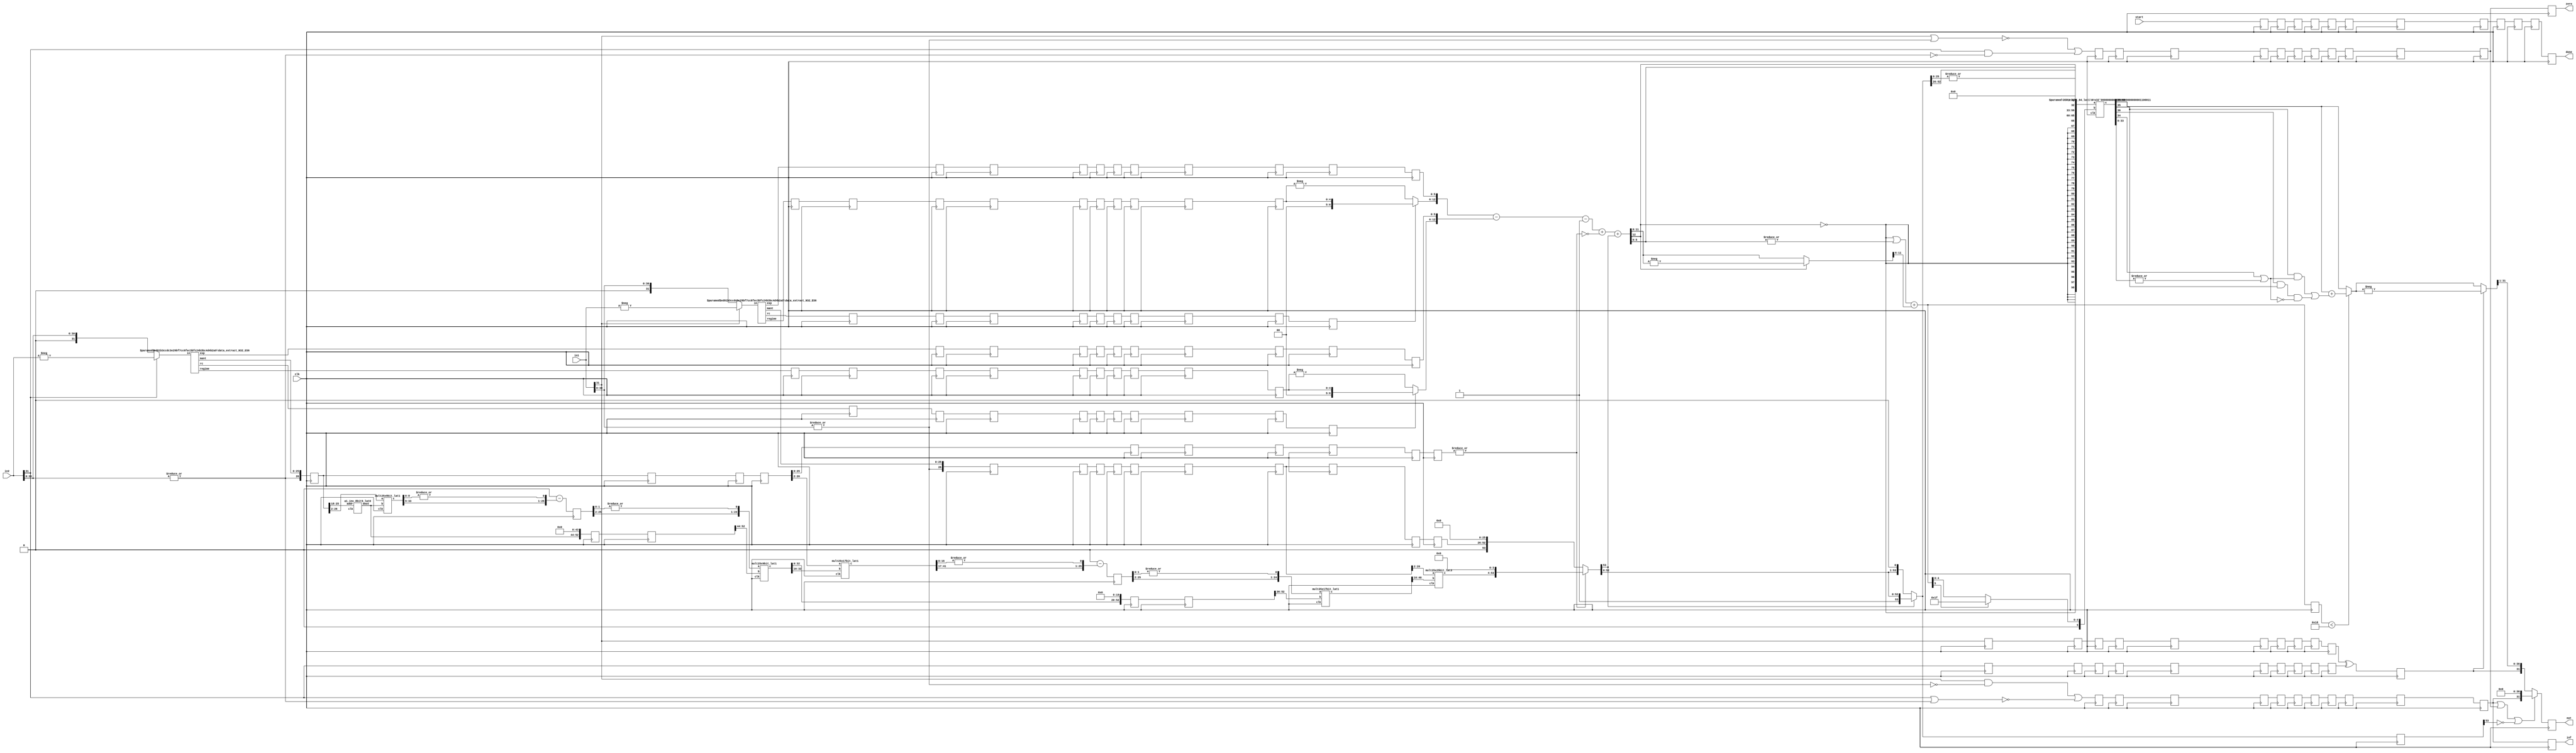
module div_N32_ES6_PIPE12(clk, in1, in2, start, out, inf, zero, done);
function [31:0] log2;
input reg [31:0] value;
	begin
	value = value-1;
	for (log2=0; value>0; log2=log2+1)
        	value = value>>1;
      	end
endfunction

parameter N = 32;
parameter Bs = log2(N); 
parameter es = 6;
parameter M = N-es;
parameter NR_Iter = 2;


input clk;
input [N-1:0] in1, in2;
input start; 
output reg [N-1:0] out;
output reg inf, zero, done;

wire start0= start;
wire s1 = in1[N-1];
wire s2 = in2[N-1];
wire zero_tmp1 = |in1[N-2:0];
wire zero_tmp2 = |in2[N-2:0];
wire inf1 = in1[N-1] & (~zero_tmp1),
	inf2 = in2[N-1] & (~zero_tmp2);
wire zero1 = ~(in1[N-1] | zero_tmp1),
	zero2 = ~(in2[N-1] | zero_tmp2);
wire inf_t = inf1 | zero2,
	zero_t = zero1 | inf2;

//Data Extraction
wire rc1, rc2;
wire [Bs-1:0] regime1, regime2;
wire [es-1:0] e1, e2;
wire [M-1:0] mant1, mant2;
wire [N-1:0] xin1 = s1 ? -in1 : in1;
wire [N-1:0] xin2 = s2 ? -in2 : in2;
data_extract_N32_ES6 #(.N(N),.es(es)) uut_de1(.in(xin1), .rc(rc1), .regime(regime1), .exp(e1), .mant(mant1));
data_extract_N32_ES6 #(.N(N),.es(es)) uut_de2(.in(xin2), .rc(rc2), .regime(regime2), .exp(e2), .mant(mant2));

wire [M:0] m1 = {zero_tmp1,mant1}, 
	m2 = {zero_tmp2,mant2};

reg start_r00; 
reg s1_r00, s2_r00, inf_r00, zero_r00, rc1_r00, rc2_r00;
reg [Bs-1:0] regime1_r00, regime2_r00;
reg [es-1:0] e1_r00, e2_r00;
reg [M:0] m1_r00, m2_r00;
reg start_r0; 
reg s1_r0, s2_r0, inf_r0, zero_r0, rc1_r0, rc2_r0;
reg [Bs-1:0] regime1_r0, regime2_r0;
reg [es-1:0] e1_r0, e2_r0;
reg [M:0] m1_r0, m2_r0;
always @(posedge clk) begin
start_r0 <= start0; s1_r0 <= s1; s2_r0 <= s2; 
inf_r0 <= inf_t; zero_r0 <= zero_t; rc1_r0 <= rc1; rc2_r0 <= rc2;
regime1_r0 <= regime1; regime2_r0 <= regime2; 
e1_r0 <= e1; e2_r0 <= e2;
m1_r0 <= m1; m2_r0 <= m2;
end


//Mantissa Computation
wire [8:0] m2_inv0_tmp;
a1_inv_8bit9_lat0 i_uut (.clk(),.addr(m2_r0[M-1:M-8]),.dout(m2_inv0_tmp));
wire [2*M+1:0] m2_inv0_r0 = {1'b0, m2_inv0_tmp[8:0], {M-8{1'b0}} , {M{1'b0}}};

//First NR Iteration
wire [2*M+1:0] m2_inv0_X_m2_r1;
wire [33:0] mult_P1;
mult25x9bit_lat1 m24_1 (.clk(clk), .b({m2_inv0_r0[2*M:2*M-8]}), .a(m2_r0[M:2]), .c(mult_P1));
assign m2_inv0_X_m2_r1 = {mult_P1,14'b0,6'b0};
reg [M:0] two_m2_inv0_X_m2_r2, m2_r1, m2_r2;
reg[2*M+1:0] m2_inv0_r1, m2_inv0_r2;
always @(posedge clk)begin
two_m2_inv0_X_m2_r2 <= {1'b1,{M{1'b0}}} - {1'b0,m2_inv0_X_m2_r1[2*M+1:M+3],|m2_inv0_X_m2_r1[M+2:0]};
m2_inv0_r1 <= m2_inv0_r0; m2_inv0_r2 <= m2_inv0_r1;
m2_r1 <= m2_r0; m2_r2 <= m2_r1;
end

wire [2*M+1:0] m2_inv1_r3;
wire [33:0] mult_P3;
mult25x9bit_lat1 m24_2 (.clk(clk), .b({m2_inv0_r2[2*M:2*M-8]}), .a({two_m2_inv0_X_m2_r2[M-1:2],|two_m2_inv0_X_m2_r2[1:0]}), .c(mult_P3));
assign m2_inv1_r3 = {mult_P3,14'b0,6'b0};

reg start_r1, start_r2, start_r3; 
reg s1_r1, s2_r1, inf_r1, zero_r1, rc1_r1, rc2_r1,
s1_r2, s2_r2, inf_r2, zero_r2, rc1_r2, rc2_r2,
s1_r3, s2_r3, inf_r3, zero_r3, rc1_r3, rc2_r3;
reg [Bs-1:0] regime1_r1, regime2_r1, regime1_r2, regime2_r2, regime1_r3, regime2_r3;
reg [es-1:0] e1_r1, e2_r1, e1_r2, e2_r2, e1_r3, e2_r3;
reg [M:0] m1_r1, m1_r2, m1_r3;
reg [M:0] m2_r3;
always @(posedge clk) begin
start_r1 <= start_r0; s1_r1 <= s1_r0; s2_r1 <= s2_r0; 
start_r2 <= start_r1; s1_r2 <= s1_r1; s2_r2 <= s2_r1; 
start_r3 <= start_r2; s1_r3 <= s1_r2; s2_r3 <= s2_r2; 
inf_r1 <= inf_r0; zero_r1 <= zero_r0; rc1_r1 <= rc1_r0; rc2_r1 <= rc2_r0;
inf_r2 <= inf_r1; zero_r2 <= zero_r1; rc1_r2 <= rc1_r1; rc2_r2 <= rc2_r1;
inf_r3 <= inf_r2; zero_r3 <= zero_r2; rc1_r3 <= rc1_r2; rc2_r3 <= rc2_r2;
regime1_r1 <= regime1_r0; regime2_r1 <= regime2_r0; 
regime1_r2 <= regime1_r1; regime2_r2 <= regime2_r1; 
regime1_r3 <= regime1_r2; regime2_r3 <= regime2_r2; 
e1_r1 <= e1_r0; e2_r1 <= e2_r0;
e1_r2 <= e1_r1; e2_r2 <= e2_r1;
e1_r3 <= e1_r2; e2_r3 <= e2_r2;
m1_r1 <= m1_r0; m1_r2 <= m1_r1; m1_r3 <= m1_r2;
m2_r3 <= m2_r2; 
end





//Second NR Iteration
wire [2*M+1:0] m2_inv1_X_m2_r4;
wire [41:0] mult_P4;
mult25x17bit_lat1 m24_3 (.clk(clk), .b({m2_inv1_r3[2*M:2*M-2*8]}), .a(m2_r3[M:2]), .c(mult_P4));
assign m2_inv1_X_m2_r4 = {mult_P4,6'b0,6'b0};
reg [M:0] two_m2_inv1_X_m2_r5, m2_r4, m2_r5;
reg [2*M+1:0] m2_inv1_r4, m2_inv1_r5;
always @(posedge clk)begin
two_m2_inv1_X_m2_r5 <= {1'b1,{M{1'b0}}} - {1'b0,m2_inv1_X_m2_r4[2*M+1:M+3],|m2_inv1_X_m2_r4[M+2:0]};
m2_inv1_r4 <= m2_inv1_r3; m2_inv1_r5 <= m2_inv1_r4;
m2_r4 <= m2_r3; m2_r5 <= m2_r4;
end
wire [2*M+1:0] m2_inv2_r6;
wire [41:0] mult_P6;
mult25x17bit_lat1 m24_4 (.clk(clk), .b({m2_inv1_r5[2*M:2*M-2*8]}), .a({two_m2_inv1_X_m2_r5[M-1:2],|two_m2_inv1_X_m2_r5[1:0]}), .c(mult_P6));
assign m2_inv2_r6 = {mult_P6,6'b0,6'b0};

reg start_r4, start_r5, start_r6; 
reg s1_r4, s2_r4, inf_r4, zero_r4, rc1_r4, rc2_r4,
s1_r5, s2_r5, inf_r5, zero_r5, rc1_r5, rc2_r5,
s1_r6, s2_r6, inf_r6, zero_r6, rc1_r6, rc2_r6;
reg [Bs-1:0] regime1_r4, regime2_r4, regime1_r5, regime2_r5, regime1_r6, regime2_r6;
reg [es-1:0] e1_r4, e2_r4, e1_r5, e2_r5, e1_r6, e2_r6;
reg [M:0] m1_r4, m1_r5, m1_r6;
reg [M:0] m2_r6;
always @(posedge clk) begin
start_r4 <= start_r3; s1_r4 <= s1_r3; s2_r4 <= s2_r3; 
start_r5 <= start_r4; s1_r5 <= s1_r4; s2_r5 <= s2_r4; 
start_r6 <= start_r5; s1_r6 <= s1_r5; s2_r6 <= s2_r5; 
inf_r4 <= inf_r3; zero_r4 <= zero_r3; rc1_r4 <= rc1_r3; rc2_r4 <= rc2_r3;
inf_r5 <= inf_r4; zero_r5 <= zero_r4; rc1_r5 <= rc1_r4; rc2_r5 <= rc2_r4;
inf_r6 <= inf_r5; zero_r6 <= zero_r5; rc1_r6 <= rc1_r5; rc2_r6 <= rc2_r5;
regime1_r4 <= regime1_r3; regime2_r4 <= regime2_r3; 
regime1_r5 <= regime1_r4; regime2_r5 <= regime2_r4; 
regime1_r6 <= regime1_r5; regime2_r6 <= regime2_r5; 
e1_r4 <= e1_r3; e2_r4 <= e2_r3;
e1_r5 <= e1_r4; e2_r5 <= e2_r4;
e1_r6 <= e1_r5; e2_r6 <= e2_r5;
m1_r4 <= m1_r3; m1_r5 <= m1_r4; m1_r6 <= m1_r5;
m2_r6 <= m2_r5;
end

wire [2*M+1:0] div_m;
wire [49:0] mult_P9;
mult25x25bit_lat3 m24_5 (.clk(clk), .a(m1_r6[M:2]), .b({m2_inv2_r6[2*M:M+2]}), .c(mult_P9));

reg start_r7, start_r8, start_r9; 
reg s1_r7, s2_r7, inf_r7, zero_r7, rc1_r7, rc2_r7;
reg s1_r8, s2_r8, inf_r8, zero_r8, rc1_r8, rc2_r8;
reg s1_r9, s2_r9, inf_r9, zero_r9, rc1_r9, rc2_r9;
reg [Bs-1:0] regime1_r7, regime2_r7, regime1_r8, regime2_r8, regime1_r9, regime2_r9;
reg [es-1:0] e1_r7, e2_r7, e1_r8, e2_r8, e1_r9, e2_r9;
reg [M:0] m1_r7, m2_r7, m1_r8, m2_r8, m1_r9, m2_r9;
always @(posedge clk) begin
start_r7 <= start_r6; s1_r7 <= s1_r6; s2_r7 <= s2_r6; 
start_r8 <= start_r7; s1_r8 <= s1_r7; s2_r8 <= s2_r7; 
start_r9 <= start_r8; s1_r9 <= s1_r8; s2_r9 <= s2_r8; 
inf_r7 <= inf_r6; zero_r7 <= zero_r6; rc1_r7 <= rc1_r6; rc2_r7 <= rc2_r6;
inf_r8 <= inf_r7; zero_r8 <= zero_r7; rc1_r8 <= rc1_r7; rc2_r8 <= rc2_r7;
inf_r9 <= inf_r8; zero_r9 <= zero_r8; rc1_r9 <= rc1_r8; rc2_r9 <= rc2_r8;
regime1_r7 <= regime1_r6; regime2_r7 <= regime2_r6; 
regime1_r8 <= regime1_r7; regime2_r8 <= regime2_r7; 
regime1_r9 <= regime1_r8; regime2_r9 <= regime2_r8; 
e1_r7 <= e1_r6; e2_r7 <= e2_r6; e1_r8 <= e1_r7; e2_r8 <= e2_r7; e1_r9 <= e1_r8; e2_r9 <= e2_r8;
m1_r7 <= m1_r6; m2_r7 <= m2_r6; m1_r8 <= m1_r7; m2_r8 <= m2_r7; m1_r9 <= m1_r8; m2_r9 <= m2_r8;
end

wire mant2_zero = ~|m2_r9[M-1:0];
assign div_m = mant2_zero ? {1'b0,m1_r9,{M{1'b0}}} : {mult_P9,4'b0};

wire div_m_udf = div_m[2*M+1];
wire [2*M+1:0] div_mN = ~div_m_udf ? div_m << 1'b1 : div_m;

//Sign, Exponent Computation
wire div_s = s1_r9 ^ s2_r9;
wire [Bs+1:0] r1 = rc1_r9 ? {2'b0,regime1_r9} : -regime1_r9;
wire [Bs+1:0] r2 = rc2_r9 ? {2'b0,regime2_r9} : -regime2_r9;

//Exponent and Regime Computation
wire [Bs+es+1:0] div_e = {r1, e1_r9} - {r2, e2_r9} - 1 + mant2_zero + div_m_udf;
wire [es+Bs:0] div_eN = div_e[es+Bs+1] ? -div_e : div_e;
wire [es-1:0] e_o = div_e[es-1:0];
wire [Bs:0] r_o = (~div_e[es+Bs+1] || (|div_e[es-1:0])) + div_eN[es+Bs:es];

//Exponent and Mantissa Packing
wire [2*N-1+3:0]tmp_o = {{N{~div_e[es+Bs+1]}},div_e[es+Bs+1],e_o,div_mN[2*M:2*M-(N-es-1)+1], div_mN[2*M-(N-es-1):2*M-(N-es-1)-1],|div_mN[2*M-(N-es-1)-2:0] };	//Rounding GRS included

reg start_r10, div_s_r10, inf_r10, zero_r10;
reg [2*N-1+3:0] tmp_o_r10;
reg [Bs:0] r_o_r10;
reg [2*M+1:0] div_mN_r10;
always @(posedge clk) begin
start_r10 <= start_r9; div_s_r10 <= div_s; inf_r10 <= inf_r9; zero_r10 <= zero_r9;
r_o_r10 <= r_o;
tmp_o_r10 <= tmp_o;
div_mN_r10 <= div_mN;
end

//Including Regime bits in Exponent-Mantissa Packing
wire [3*N-1+3:0] tmp1_o;
DSR_right_64_lat1 #(.N(3*N+3)) dsr2 (.clk(clk), .a({tmp_o,{N{1'b0}}}), .b(r_o[Bs] ? {Bs{1'b1}} : r_o), .c(tmp1_o));


//Rounding RNE : ulp_add = G.(R + S) + L.G.(~(R+S))
wire L = tmp1_o[N+4], G = tmp1_o[N+3], R = tmp1_o[N+2], St = |tmp1_o[N+1:0],
     ulp = ((G & (R | St)) | (L & G & ~(R | St)));
wire [N-1:0] rnd_ulp = {{N-1{1'b0}},ulp};
wire [N-1:0] tmp1_o_rnd = (r_o_r10 < M-2) ? tmp1_o[2*N-1+3:N+3] + rnd_ulp : tmp1_o[2*N-1+3:N+3];	//with M = N-es


//Final Output
wire [N-1:0] tmp1_oN = div_s_r10 ? -tmp1_o_rnd : tmp1_o_rnd;
wire[N-1:0] out_tmp = inf_r10|zero_r10|(~div_mN_r10[2*M+1]) ? {inf_r10,{N-1{1'b0}}} : {div_s_r10, tmp1_oN[N-1:1]};

always @(posedge clk) begin
out <= out_tmp;
done <= start_r10;
inf <= inf_r10;
zero <= zero_r10;
end

endmodule

/////////////////////////
module data_extract_N32_ES6(in, rc, regime, exp, mant);
function [31:0] log2;
input reg [31:0] value;
	begin
	value = value-1;
	for (log2=0; value>0; log2=log2+1)
        	value = value>>1;
      	end
endfunction

parameter N=32;
parameter Bs=log2(N);
parameter es = 5;


input [N-1:0] in;
output rc;
output [Bs-1:0] regime;
output [es-1:0] exp;
output [N-es-1:0] mant;

//Data Extraction

wire [N-1:0] xin = in;
assign rc = xin[N-2];

wire [N-1:0] xin_r = rc ? ~xin : xin;

wire [Bs-1:0] k;
LOD_32 uut_lod32_5 (.in({xin_r[N-2:0],rc^1'b0}), .out(k));

assign regime = rc ? k-1 : k;

wire [N-1:0] xin_tmp;
DSR_left_N_S #(.N(N), .S(Bs)) ls (.a({xin[N-3:0],2'b0}),.b(k),.c(xin_tmp));

assign exp= xin_tmp[N-1:N-es];
assign mant= xin_tmp[N-es-1:0];

endmodule

/////////////////////////
module DSR_left_N_S(a,b,c);
        parameter N=16;
        parameter S=4;
        input [N-1:0] a;
        input [S-1:0] b;
        output [N-1:0] c;

wire [N-1:0] tmp [S-1:0];
assign tmp[0]  = b[0] ? a << 7'd1  : a; 
genvar i;
generate
	for (i=1; i<S; i=i+1)begin:loop_blk
		assign tmp[i] = b[i] ? tmp[i-1] << 2**i : tmp[i-1];
	end
endgenerate
assign c = tmp[S-1];

endmodule



//////////////////////////////////
module DSR_right_64_lat1(clk,a,b,c);
        parameter N=32;
	input clk;
        input [N-1:0] a;
        input [5:0] b;
        output [N-1:0] c;

        wire [N-1:0] tmp32, tmp16, tmp8,  tmp4, tmp2, tmp1;


assign tmp32 = b[5] ? a >> 7'd32 : a;
assign tmp16 = b[4] ? tmp32 >> 7'd16 : tmp32;
assign tmp8  = b[3] ? tmp16 >> 7'd8  : tmp16;

reg[N-1:0] tmp8_r;
reg [5:0] b_r;
always @(posedge clk)begin
	tmp8_r <= tmp8;
	b_r <= b;
end

assign tmp4  = b_r[2] ? tmp8_r  >> 7'd4  : tmp8_r;
assign tmp2  = b_r[1] ? tmp4  >> 7'd2  : tmp4;
assign tmp1  = b_r[0] ? tmp2  >> 7'd1  : tmp2; 

assign c = tmp1;

endmodule


///////////////////////
module LOD_32(in, out);
input [31:0] in;
output [4:0] out;
wire [3:0] out_l, out_h;
wire out_vl, out_vh;
LOD16_4 pl(.in(in[15:0]), .out(out_l), .out_v(out_vl));
LOD16_4 ph(.in(in[31:16]), .out(out_h), .out_v(out_vh));
assign out = out_vh ? {1'b0,out_h} : {out_vl,out_l};
endmodule

////////////////////
module LOD16_4(in, out, out_v);
input [15:0] in;
output [3:0] out;
output out_v;
wire [2:0] out_l, out_h;
wire out_vl, out_vh;
LOD8_3 pl(.in(in[7:0]), .out(out_l), .out_v(out_vl));
LOD8_3 ph(.in(in[15:8]), .out(out_h), .out_v(out_vh));
assign out = out_vh ? {1'b0,out_h} : {out_vl,out_l};
assign out_v = out_vl | out_vh;
endmodule


////////////////////
module LOD8_3(in, out, out_v);
input [7:0] in;
output [2:0] out;
output out_v;

wire [1:0] out_l, out_h;
wire out_vl, out_vh;
LOD4_2 pl(.in(in[3:0]), .out(out_l), .out_v(out_vl));
LOD4_2 ph(.in(in[7:4]), .out(out_h), .out_v(out_vh));
assign out = out_vh ? {1'b0,out_h} : {out_vl,out_l};
assign out_v = out_vl | out_vh;

endmodule


////////////////////
module LOD4_2(in, out, out_v);
input [3:0] in;
output [1:0] out;
output out_v;

wire out_l, out_h;
wire out_vl, out_vh;
LOD2_1 pl(.in(in[1:0]), .out(out_l), .out_v(out_vl));
LOD2_1 ph(.in(in[3:2]), .out(out_h), .out_v(out_vh));
assign out = out_vh ? {1'b0,out_h} : {out_vl,out_l};
assign out_v = out_vl | out_vh;

endmodule


module LOD2_1(in, out, out_v);
input [1:0] in;
output out;
output out_v;

assign out = ~in[1] & in[0];
assign out_v = |in;
endmodule


////////////////////////////
module a1_inv_8bit9_lat0 (clk, addr, dout);
  input clk;
  output reg [8 : 0] dout;
  input  [7 : 0] addr;

   reg [8:0] a1_inv_rom [(2**8-1):0];

always @(*) begin 
	case (addr) 
		8'd000	:       dout <= 9'h1ff;
		8'd001  :       dout <= 9'h1fe;
		8'd002  :       dout <= 9'h1fc;
                8'd003  :       dout <= 9'h1fa;
	        8'd004  :       dout <= 9'h1f8;
                8'd005  :       dout <= 9'h1f6;
                8'd006  :       dout <= 9'h1f4;
                8'd007  :       dout <= 9'h1f2;
                8'd008	:       dout <= 9'h1f0;
                8'd009  :       dout <= 9'h1ee;
                8'd010  :       dout <= 9'h1ec;
                8'd011  :       dout <= 9'h1ea;
                8'd012  :       dout <= 9'h1e9;
                8'd013  :       dout <= 9'h1e7;
                8'd014  :       dout <= 9'h1e5;
                8'd015  :       dout <= 9'h1e3;
                8'd016  :       dout <= 9'h1e1;
                8'd017  :       dout <= 9'h1e0;
                8'd018	:       dout <= 9'h1de;
                8'd019  :       dout <= 9'h1dc;
                8'd020  :       dout <= 9'h1da;
                8'd021  :       dout <= 9'h1d9;
                8'd022  :       dout <= 9'h1d7;
                8'd023  :       dout <= 9'h1d5;
                8'd024  :       dout <= 9'h1d4;
                8'd025  :       dout <= 9'h1d2;
                8'd026  :       dout <= 9'h1d0;
                8'd027  :       dout <= 9'h1cf;
                8'd028	:       dout <= 9'h1cd;
                8'd029  :       dout <= 9'h1cb;
                8'd030  :       dout <= 9'h1ca;
                8'd031  :       dout <= 9'h1c8;
                8'd032  :       dout <= 9'h1c7;
                8'd033  :       dout <= 9'h1c5;
                8'd034  :       dout <= 9'h1c3;
                8'd035  :       dout <= 9'h1c2;
                8'd036  :       dout <= 9'h1c0;
                8'd037  :       dout <= 9'h1bf;
                8'd038	:       dout <= 9'h1bd;
                8'd039  :       dout <= 9'h1bc;
                8'd040  :       dout <= 9'h1ba;
                8'd041  :       dout <= 9'h1b9;
                8'd042  :       dout <= 9'h1b7;
                8'd043  :       dout <= 9'h1b6;
                8'd044  :       dout <= 9'h1b4;
                8'd045  :       dout <= 9'h1b3;
                8'd046  :       dout <= 9'h1b2;
                8'd047  :       dout <= 9'h1b0;
                8'd048	:       dout <= 9'h1af;
                8'd049  :       dout <= 9'h1ad;
                8'd050  :       dout <= 9'h1ac;
                8'd051  :       dout <= 9'h1aa;
                8'd052  :       dout <= 9'h1a9;
                8'd053  :       dout <= 9'h1a8;
                8'd054  :       dout <= 9'h1a6;
                8'd055  :       dout <= 9'h1a5;
                8'd056  :       dout <= 9'h1a4;
                8'd057  :       dout <= 9'h1a2;
                8'd058	:       dout <= 9'h1a1;
                8'd059  :       dout <= 9'h1a0;
                8'd060  :       dout <= 9'h19e;
                8'd061  :       dout <= 9'h19d;
                8'd062  :       dout <= 9'h19c;
                8'd063  :       dout <= 9'h19a;
                8'd064  :       dout <= 9'h199;
                8'd065  :       dout <= 9'h198;
                8'd066  :       dout <= 9'h197;
                8'd067  :       dout <= 9'h195;
                8'd068	:       dout <= 9'h194;
                8'd069  :       dout <= 9'h193;
                8'd070  :       dout <= 9'h192;
                8'd071  :       dout <= 9'h190;
                8'd072  :       dout <= 9'h18f;
                8'd073  :       dout <= 9'h18e;
                8'd074  :       dout <= 9'h18d;
                8'd075  :       dout <= 9'h18b;
                8'd076  :       dout <= 9'h18a;
                8'd077  :       dout <= 9'h189;
                8'd078	:       dout <= 9'h188;
                8'd079  :       dout <= 9'h187;
                8'd080  :       dout <= 9'h186;
                8'd081  :       dout <= 9'h184;
                8'd082  :       dout <= 9'h183;
                8'd083  :       dout <= 9'h182;
                8'd084  :       dout <= 9'h181;
                8'd085  :       dout <= 9'h180;
                8'd086  :       dout <= 9'h17f;
                8'd087  :       dout <= 9'h17e;
                8'd088	:       dout <= 9'h17d;
                8'd089  :       dout <= 9'h17b;
                8'd090  :       dout <= 9'h17a;
                8'd091  :       dout <= 9'h179;
                8'd092  :       dout <= 9'h178;
                8'd093  :       dout <= 9'h177;
                8'd094  :       dout <= 9'h176;
                8'd095  :       dout <= 9'h175;
                8'd096  :       dout <= 9'h174;
                8'd097  :       dout <= 9'h173;
                8'd098	:       dout <= 9'h172;
                8'd099  :       dout <= 9'h171;
                8'd100  :       dout <= 9'h170;
                8'd101  :       dout <= 9'h16f;
                8'd102  :       dout <= 9'h16e;
                8'd103  :       dout <= 9'h16d;
                8'd104  :       dout <= 9'h16c;
                8'd105  :       dout <= 9'h16b;
                8'd106  :       dout <= 9'h16a;
                8'd107  :       dout <= 9'h169;
                8'd108	:       dout <= 9'h168;
                8'd109  :       dout <= 9'h167;
                8'd110  :       dout <= 9'h166;
                8'd111  :       dout <= 9'h165;
                8'd112  :       dout <= 9'h164;
                8'd113  :       dout <= 9'h163;
                8'd114  :       dout <= 9'h162;
                8'd115  :       dout <= 9'h161;
                8'd116  :       dout <= 9'h160;
                8'd117  :       dout <= 9'h15f;
                8'd118	:       dout <= 9'h15e;
                8'd119  :       dout <= 9'h15d;
                8'd120  :       dout <= 9'h15c;
                8'd121  :       dout <= 9'h15b;
                8'd122  :       dout <= 9'h15a;
                8'd123  :       dout <= 9'h159;
                8'd124  :       dout <= 9'h158;
                8'd125  :       dout <= 9'h158;
                8'd126  :       dout <= 9'h157;
                8'd127  :       dout <= 9'h156;
                8'd128	:       dout <= 9'h155;
                8'd129  :       dout <= 9'h154;
                8'd130  :       dout <= 9'h153;
                8'd131  :       dout <= 9'h152;
                8'd132  :       dout <= 9'h151;
                8'd133  :       dout <= 9'h150;
                8'd134  :       dout <= 9'h150;
                8'd135  :       dout <= 9'h14f;
                8'd136  :       dout <= 9'h14e;
                8'd137  :       dout <= 9'h14d;
                8'd138	:       dout <= 9'h14c;
                8'd139  :       dout <= 9'h14b;
                8'd140  :       dout <= 9'h14a;
                8'd141  :       dout <= 9'h14a;
                8'd142  :       dout <= 9'h149;
                8'd143  :       dout <= 9'h148;
                8'd144  :       dout <= 9'h147;
                8'd145  :       dout <= 9'h146;
                8'd146  :       dout <= 9'h146;
                8'd147  :       dout <= 9'h145;
                8'd148	:       dout <= 9'h144;
                8'd149  :       dout <= 9'h143;
                8'd150  :       dout <= 9'h142;
                8'd151  :       dout <= 9'h142;
                8'd152  :       dout <= 9'h141;
                8'd153  :       dout <= 9'h140;
                8'd154  :       dout <= 9'h13f;
                8'd155  :       dout <= 9'h13e;
                8'd156  :       dout <= 9'h13e;
                8'd157  :       dout <= 9'h13d;
                8'd158	:       dout <= 9'h13c;
                8'd159  :       dout <= 9'h13b;
                8'd160  :       dout <= 9'h13b;
                8'd161  :       dout <= 9'h13a;
                8'd162  :       dout <= 9'h139;
                8'd163  :       dout <= 9'h138;
                8'd164  :       dout <= 9'h138;
                8'd165  :       dout <= 9'h137;
                8'd166  :       dout <= 9'h136;
                8'd167  :       dout <= 9'h135;
                8'd168	:       dout <= 9'h135;
                8'd169  :       dout <= 9'h134;
                8'd170  :       dout <= 9'h133;
                8'd171  :       dout <= 9'h132;
                8'd172  :       dout <= 9'h132;
                8'd173  :       dout <= 9'h131;
                8'd174  :       dout <= 9'h130;
                8'd175  :       dout <= 9'h130;
                8'd176  :       dout <= 9'h12f;
                8'd177  :       dout <= 9'h12e;
                8'd178	:       dout <= 9'h12e;
                8'd179  :       dout <= 9'h12d;
                8'd180  :       dout <= 9'h12c;
                8'd181  :       dout <= 9'h12b;
                8'd182  :       dout <= 9'h12b;
                8'd183  :       dout <= 9'h12a;
                8'd184  :       dout <= 9'h129;
                8'd185  :       dout <= 9'h129;
                8'd186  :       dout <= 9'h128;
                8'd187  :       dout <= 9'h127;
                8'd188	:       dout <= 9'h127;
                8'd189  :       dout <= 9'h126;
                8'd190  :       dout <= 9'h125;
                8'd191  :       dout <= 9'h125;
                8'd192  :       dout <= 9'h124;
                8'd193  :       dout <= 9'h123;
                8'd194  :       dout <= 9'h123;
                8'd195  :       dout <= 9'h122;
                8'd196  :       dout <= 9'h121;
                8'd197  :       dout <= 9'h121;
                8'd198	:       dout <= 9'h120;
                8'd199  :       dout <= 9'h120;
                8'd200  :       dout <= 9'h11f;
                8'd201  :       dout <= 9'h11e;
                8'd202  :       dout <= 9'h11e;
                8'd203  :       dout <= 9'h11d;
                8'd204  :       dout <= 9'h11c;
                8'd205  :       dout <= 9'h11c;
                8'd206  :       dout <= 9'h11b;
                8'd207  :       dout <= 9'h11b;
                8'd208	:       dout <= 9'h11a;
                8'd209  :       dout <= 9'h119;
                8'd210  :       dout <= 9'h119;
                8'd211  :       dout <= 9'h118;
                8'd212  :       dout <= 9'h118;
                8'd213  :       dout <= 9'h117;
                8'd214  :       dout <= 9'h116;
                8'd215  :       dout <= 9'h116;
                8'd216  :       dout <= 9'h115;
                8'd217  :       dout <= 9'h115;
                8'd218	:       dout <= 9'h114;
                8'd219  :       dout <= 9'h113;
                8'd220  :       dout <= 9'h113;
                8'd221  :       dout <= 9'h112;
                8'd222  :       dout <= 9'h112;
                8'd223  :       dout <= 9'h111;
                8'd224  :       dout <= 9'h111;
                8'd225  :       dout <= 9'h110;
                8'd226  :       dout <= 9'h10f;
                8'd227  :       dout <= 9'h10f;
                8'd228	:       dout <= 9'h10e;
                8'd229  :       dout <= 9'h10e;
                8'd230  :       dout <= 9'h10d;
                8'd231  :       dout <= 9'h10d;
                8'd232  :       dout <= 9'h10c;
                8'd233  :       dout <= 9'h10c;
                8'd234  :       dout <= 9'h10b;
                8'd235  :       dout <= 9'h10a;
                8'd236  :       dout <= 9'h10a;
                8'd237  :       dout <= 9'h109;
                8'd238	:       dout <= 9'h109;
                8'd239  :       dout <= 9'h108;
                8'd240  :       dout <= 9'h108;
                8'd241  :       dout <= 9'h107;
                8'd242  :       dout <= 9'h107;
                8'd243  :       dout <= 9'h106;
                8'd244  :       dout <= 9'h106;
                8'd245  :       dout <= 9'h105;
                8'd246  :       dout <= 9'h105;
                8'd247  :       dout <= 9'h104;
                8'd248	:       dout <= 9'h104;
                8'd249  :       dout <= 9'h103;
                8'd250  :       dout <= 9'h103;
                8'd251  :       dout <= 9'h102;
                8'd252  :       dout <= 9'h102;
                8'd253  :       dout <= 9'h101;
                8'd254  :       dout <= 9'h101;
                8'd255  :       dout <= 9'h100;
		default : 	dout <= 9'h0;
	endcase
end

endmodule


///////////////////////////////////////////
module mult25x9bit_lat1 (clk, a, b, c);
parameter PR = 0;
parameter MR = 0;


   input clk;
   input [24:0] a;
   input [8:0] b;
   output [33:0] c;

   wire [47:0] P;
   dsp48_24x17 #(.PR(1), .MR(0)) dsp48_24x24_inst1(.CLK(clk), .A(a[23:0]), .B({8'b0,b}), .C({15'b0,{a[24] * b},24'b0}), .P(P));

   assign c = P[33:0];  
endmodule



///////////////////////////////////////////
module dsp48_24x17(CLK, A, B, C, P);
parameter Na=24;
parameter X=30-Na;
parameter PR = 0;
parameter MR = 0;
parameter ALUMODEREG = MR; 	//(1),  // Number of pipeline registers on ALUMODE input, 0 or 1
parameter CARRYINSELREG = MR; 	//(1),  // Number of pipeline registers for the CARRYINSEL input, 0 or 1
parameter CARRYINREG = MR;	//(0),     // Number of pipeline registers for the CARRYIN input, 0 or 1
parameter CREG = MR;		//(1),  // Number of pipeline registers on the C input, 0 or 1
parameter MREG = MR;		//(1),  // Number of multiplier pipeline registers, 0 or 1
parameter MULTCARRYINREG = MR;	//(1),  // Number of pipeline registers for multiplier carry in bit, 0 or 1
parameter OPMODEREG = MR;	//(1),  // Number of pipeline registers on OPMODE input, 0 or 1
parameter PREG = PR;		//(1),  // Number of pipeline registers on the P output, 0 or 1
parameter USE_MULT = (MR==0) ? "MULT" : "MULT_S";	//("MULT_S"), // Select multiplier usage, "MULT" (MREG => 0), "MULT_S" (MREG => 1), "NONE" (no multiplier)

    input CLK;
    input [Na-1:0] A;
    input [16:0] B;
    input [47:0] C;
    output [47:0] P;
  assign P = A*B;
  				
endmodule

///////////////////////////////////////////
module mult25x17bit_lat1 (clk, a, b, c);
parameter PR = 0;
parameter MR = 0;


   input clk;
   input [24:0] a;
   input [16:0] b;
   output [41:0] c;

   wire [47:0] P;
   dsp48_24x17 #(.PR(1), .MR(0)) dsp48_24x24_inst1(.CLK(clk), .A(a[23:0]), .B({b}), .C({7'b0,{a[24] * b},24'b0}), .P(P));

   assign c = P[41:0];
endmodule

///////////////////////////////////////////
module mult25x25bit_lat3 (clk, a, b, c);
   input clk;
   input [24:0] a,b;
   output reg [49:0] c;

   reg [24:0] a_r, b_r;
   reg [16:0] tmp11;
   reg [32:0] tmp10;
   always @(posedge clk) begin
	a_r <= a; b_r <= b;
	tmp11 <= a[24]*b[16:0];
    	tmp10 <= a[24:0]*b[24:17];
   end

   reg [24:0] a_r1, b_r1;
   reg [33:0] tmp11_10;
   reg [33:0] tmp11_10_r;
   always @(posedge clk) begin
	a_r1 <= a_r; b_r1 <= b_r;
	tmp11_10 <= {tmp11,7'b0} + {1'b0,tmp10};
	tmp11_10_r <= tmp11_10;
   end
   wire [47:0] P;
   dsp48_24x17 #(.PR(1), .MR(0)) dsp48_24x24_inst1(.CLK(clk), .A(a_r1[23:0]), .B(b_r1[16:0]), .C({1'b0, tmp11_10[29:0],17'b0}), .P(P));

   //always @(posedge clk)
   always @(*)
	c <= {tmp11_10_r[33:30] + P[47], P[46:0]};
endmodule